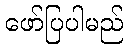
ဖော်ပြပါမည်